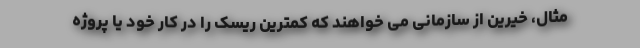
مثال، خیرین از سازمانی می خواهند که کمترین ریسک را در کار خود یا پروژه